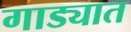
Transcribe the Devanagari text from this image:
गाड्यात